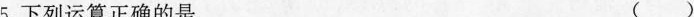
5.下列运算正确的是 ( )